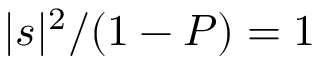
| s | ^ { 2 } / ( 1 - P ) = 1